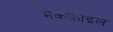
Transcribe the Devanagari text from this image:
मेकफ़ाइल